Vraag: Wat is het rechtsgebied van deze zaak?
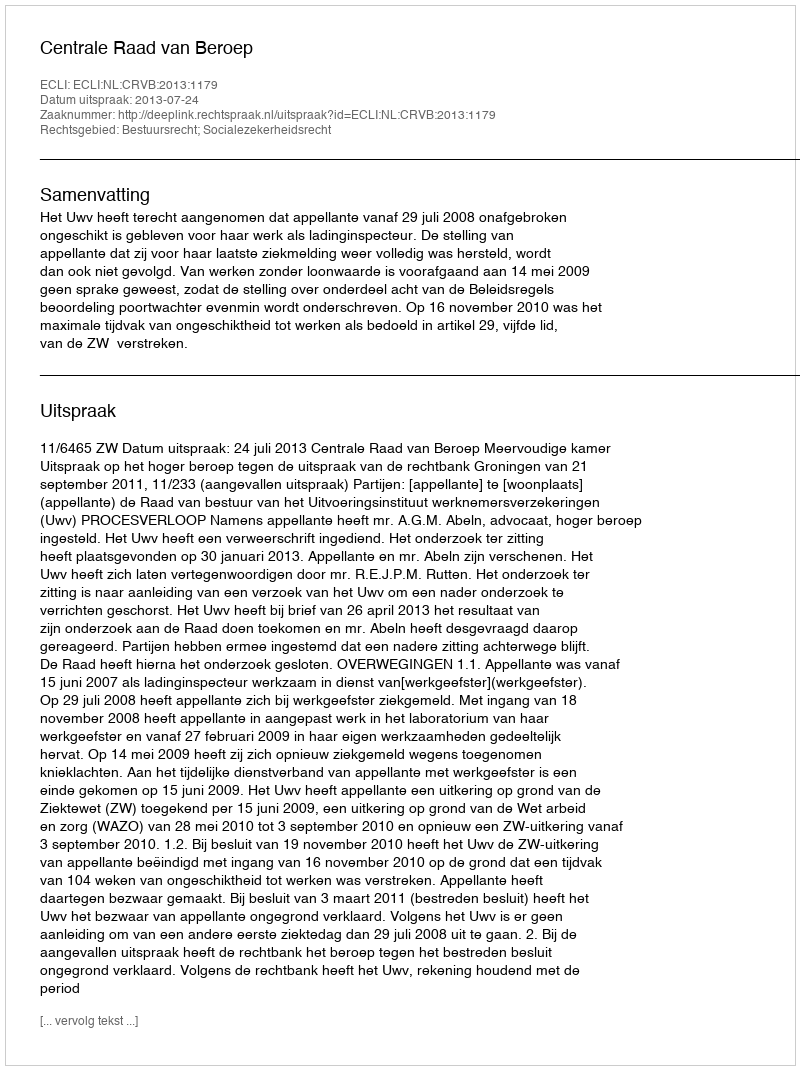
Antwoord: Bestuursrecht; Socialezekerheidsrecht